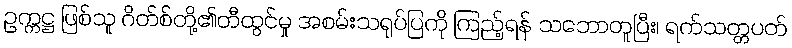
ဥက္ကဋ္ဌ ဖြစ်သူ ဂိတ်စ်တို့၏တီထွင်မှု အစမ်းသရုပ်ပြကို ကြည့်ရန် သဘောတူပြီး၊ ရက်သတ္တပတ်